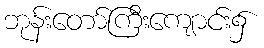
ဘုန်းတော်ကြီးကျောင်း၌